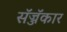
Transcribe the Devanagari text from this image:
सॅज्जॅकार